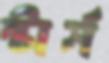
স্টার্স